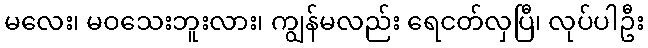
မလေး၊ မဝသေးဘူးလား၊ ကျွန်မလည်း ရေငတ်လှပြီ၊ လုပ်ပါဦး